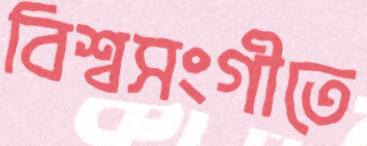
বিশ্বসংগীতে